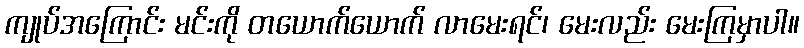
ကျုပ်အကြောင်း မင်းကို တယောက်ယောက် လာမေးရင်၊ မေးလည်း မေးကြမှာပါ။